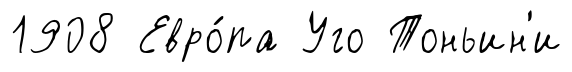
1908 Евро́па Уго Тоньин'и